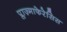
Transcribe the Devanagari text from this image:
प्लाज़्माफेरेसिस